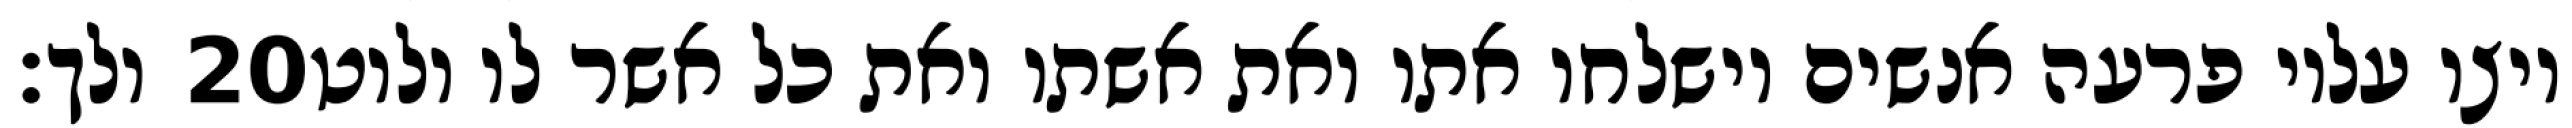
ולך׃ ‎20‏ ויצו עליו פרעה אנשים וישלחו אתו ואת אשתו ואת כל אשר לו ולוט